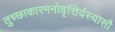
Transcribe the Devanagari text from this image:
तुच्छाकारमनोवृत्तिर्यस्यासौ